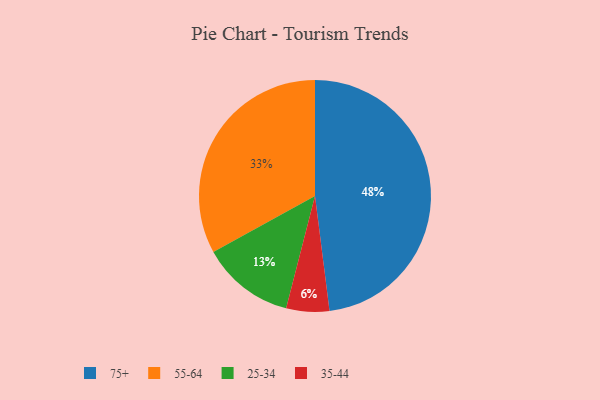
{"axis": {"x": "Category", "y": "Percentage"}, "legend": ["25-34", "35-44", "55-64", "75+"], "data": [{"x": "25-34", "y": 13, "type": "25-34"}, {"x": "35-44", "y": 6, "type": "35-44"}, {"x": "75+", "y": 48, "type": "75+"}, {"x": "55-64", "y": 33, "type": "55-64"}]}